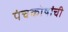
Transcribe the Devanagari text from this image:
पंचकोषांची